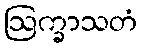
ဩက္ခာသတံ